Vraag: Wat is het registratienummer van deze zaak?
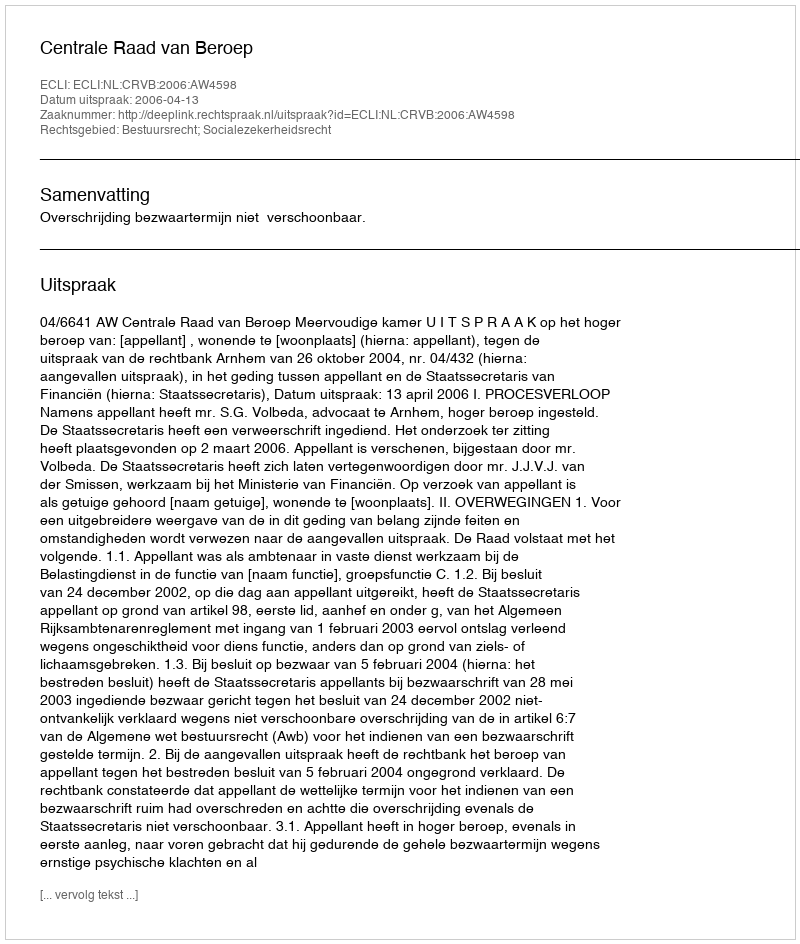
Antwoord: http://deeplink.rechtspraak.nl/uitspraak?id=ECLI:NL:CRVB:2006:AW4598